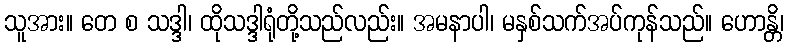
သူအား။ တေ စ သဒ္ဒါ၊ ထိုသဒ္ဒါရုံတို့သည်လည်း။ အမနာပါ၊ မနှစ်သက်အပ်ကုန်သည်။ ဟောန္တိ၊